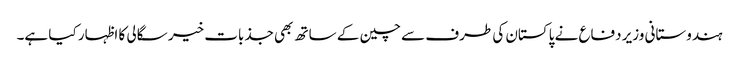
ہندوستانی وزیر دفاع نے پاکستان کی طرف سے چین کے ساتھ بھی جذبات خیر سگالی کا اظہار کیا ہے۔